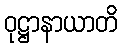
ဝုဋ္ဌာနာယာတိ